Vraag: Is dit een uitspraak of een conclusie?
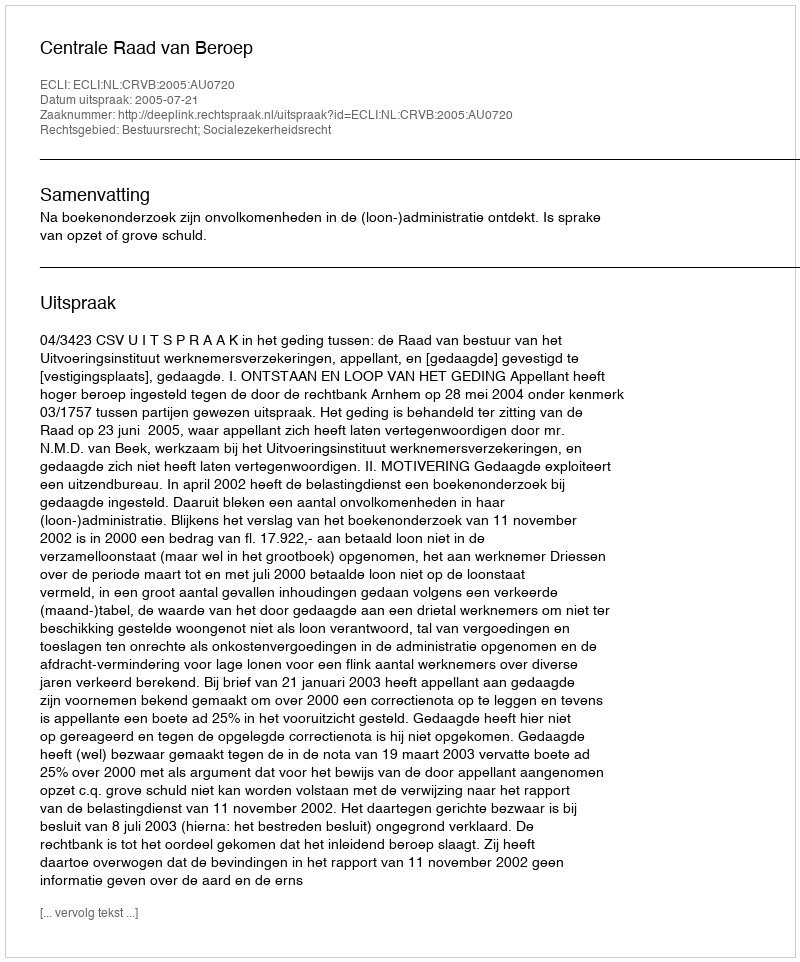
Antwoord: Uitspraak